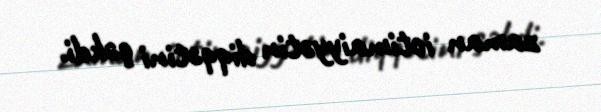
zaman ictimaiyyətin diqqətini çəkdi.